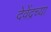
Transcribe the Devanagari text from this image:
देवेंद्रच्या